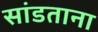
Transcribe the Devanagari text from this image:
सांडताना